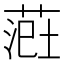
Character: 𫈲